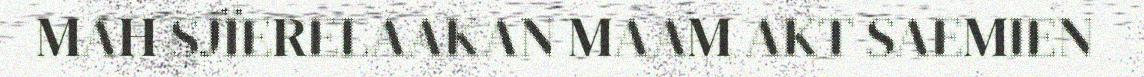
MAH SJÏERELAAKAN MAAM AKT SAEMIEN